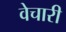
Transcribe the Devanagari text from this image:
वेचारी